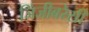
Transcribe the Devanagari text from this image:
जिंजीबरेसी